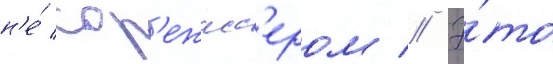
н'е́ сор'ежисс'ером // Э́то